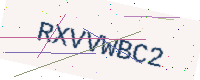
Text: RXVVWBC2